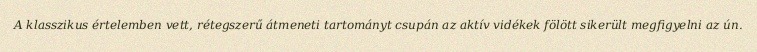
A klasszikus értelemben vett, rétegszerű átmeneti tartományt csupán az aktív vidékek fölött sikerült megfigyelni az ún.